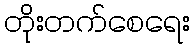
တိုးတက်စေရေး